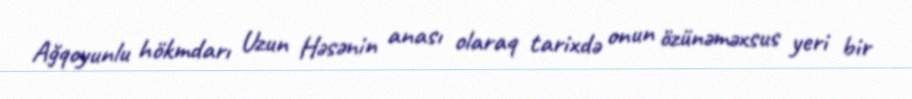
Ağqoyunlu hökmdarı Uzun Həsənin anası olaraq tarixdə onun özünəməxsus yeri bir